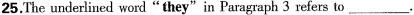
25.The underlined word“they"in Paragraph 3 refers to___.